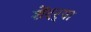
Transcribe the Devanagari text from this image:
शेंदर्‍या